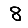
Digit: 8